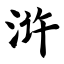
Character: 浒